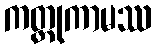
ကတ္တုကာမဿ